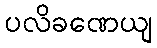
ပလိခဏေယျ